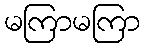
မကြာမကြာ